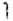
1